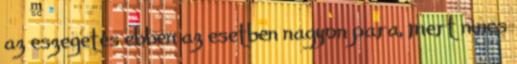
az eszegetés ebben az esetben nagyon para, mert nincs